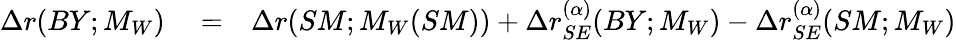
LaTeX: \begin{array}{rlr}{\Delta r(BY;M_{W})}&{{}=}&{\Delta r(SM;M_{W}(SM))+\Delta r_{SE}^{(\alpha)}(BY;M_{W})-\Delta r_{SE}^{(\alpha)}(SM;M_{W})}\end{array}